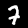
Label: 7